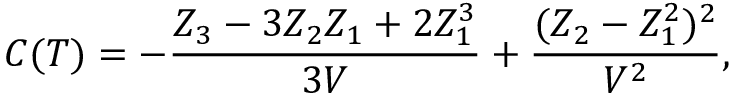
C ( T ) = - \frac { Z _ { 3 } - 3 Z _ { 2 } Z _ { 1 } + 2 Z _ { 1 } ^ { 3 } } { 3 V } + \frac { ( Z _ { 2 } - Z _ { 1 } ^ { 2 } ) ^ { 2 } } { V ^ { 2 } } ,